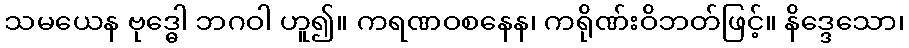
သမယေန ဗုဒ္ဓေါ ဘဂဝါ ဟူ၍။ ကရဏဝစနေန၊ ကရိုဏ်းဝိဘတ်ဖြင့်။ နိဒ္ဒေသော၊